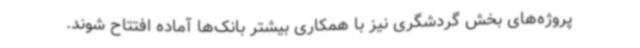
پروژه‌های بخش گردشگری نیز با همکاری بیشتر بانک‌ها آماده افتتاح شوند.